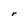
Character: r